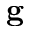
\mathbf { g }